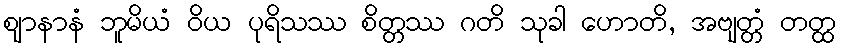
ဈာနာနံ ဘူမိယံ ဝိယ ပုရိသဿ စိတ္တဿ ဂတိ သုခါ ဟောတိ, အဗျတ္တံ တတ္ထ